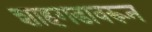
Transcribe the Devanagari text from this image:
शाहगडावरून